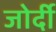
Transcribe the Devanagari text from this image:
जोर्दी